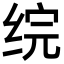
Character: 𬘫